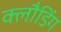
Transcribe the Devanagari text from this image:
क्लौडिंग